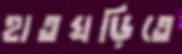
হাতঘড়িতে